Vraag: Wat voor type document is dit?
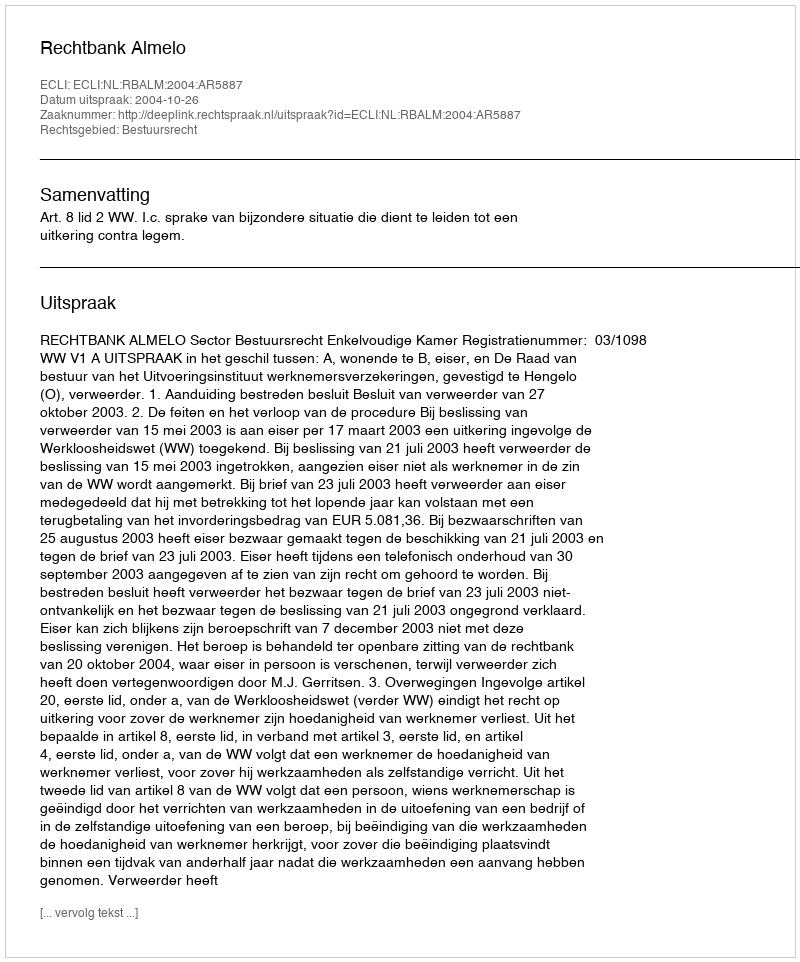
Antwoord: Uitspraak